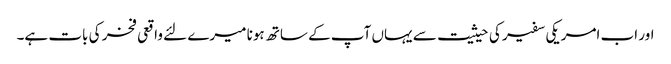
اور اب امریکی سفیر کی حیثیت سے یہاں آپ کے ساتھ ہونا میرے لئے واقعی فخر کی بات ہے۔